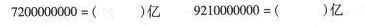
$$ 7200000000=( )亿 $$ 9210000000=( )亿